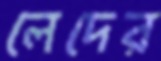
লেদের